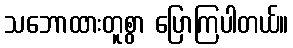
သဘောထားတူစွာ ပြောကြပါတယ်။